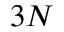
3 N